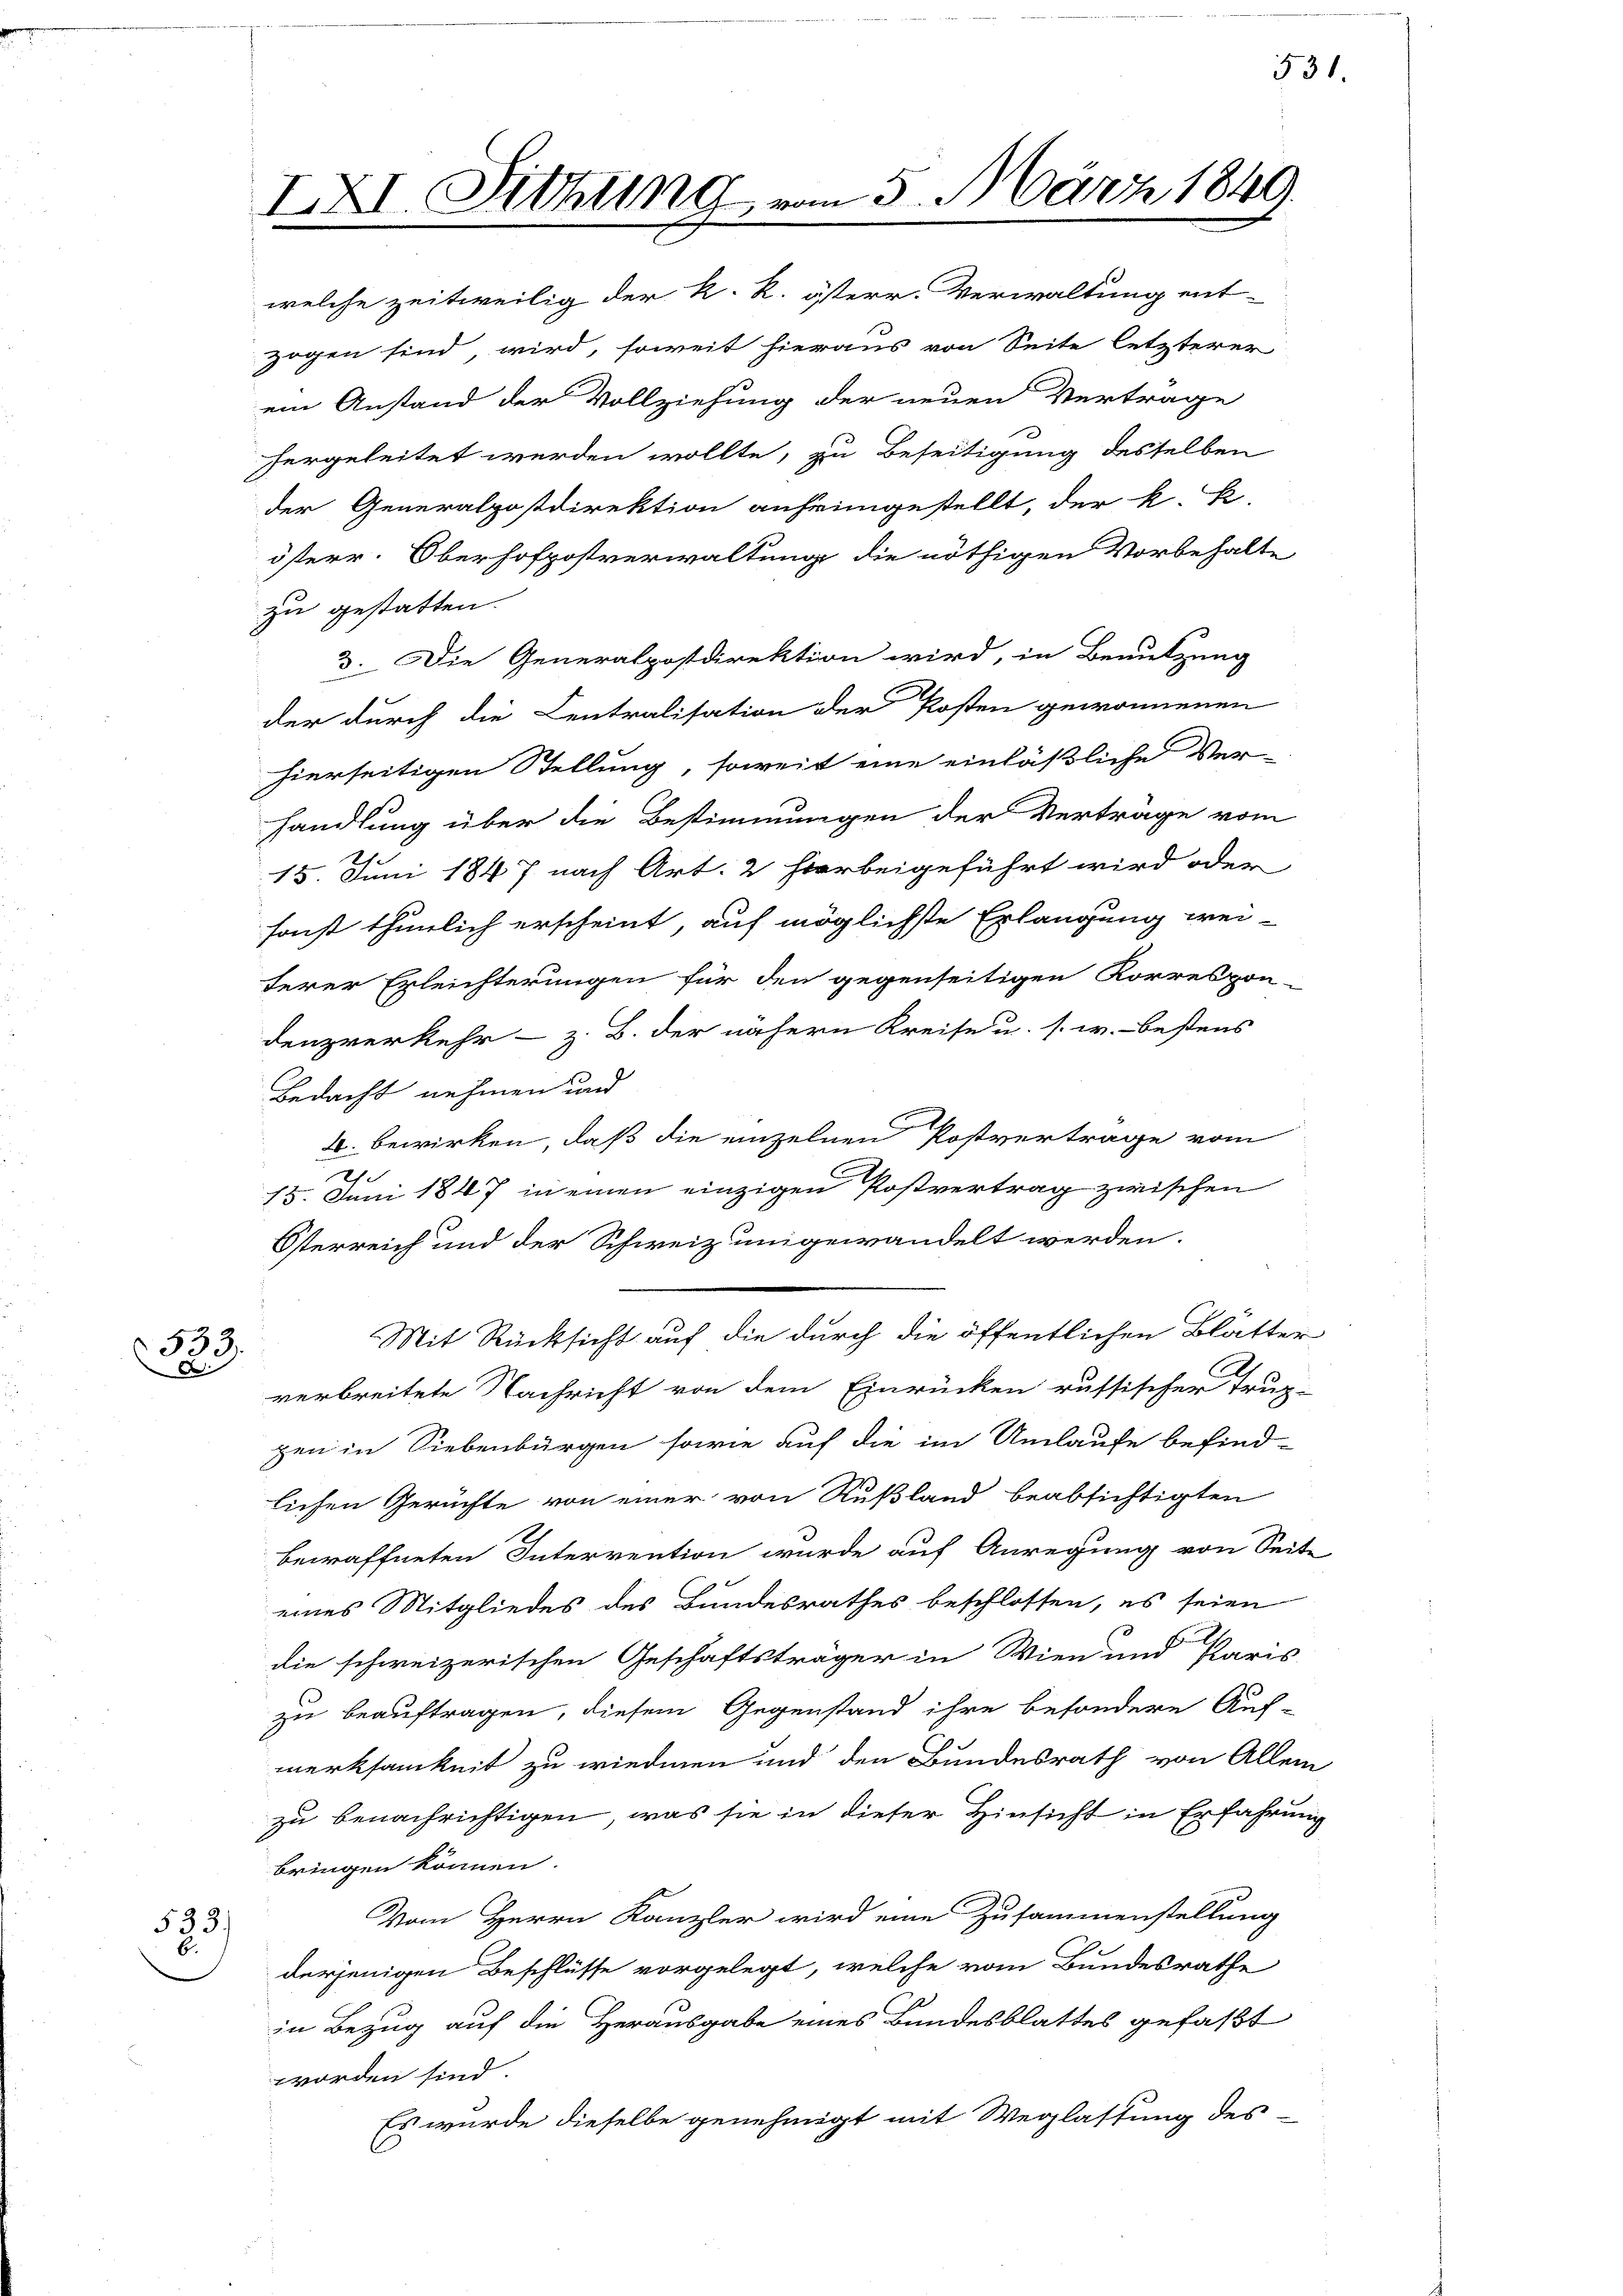
533.
e

533)
b.

IXI. Sitzung

n 5. März 1849.

welche zeitweilig der k. k. österr. Verwaltung ent-
zogen sind, wird, soweit hieraus von Seite letzterer
ein Anstand der Vollziehung der neuen Vertrage
hergeleitet werden wollte, zu Beseitigung desselben
der Generalpostdirektion anheimgestellt, der k. k
österr. Oberhofpostverwaltung die nöthigen Vorbehalte
zu gestatten.
3. Die Generalpostdirektion wird, in Benutzung
der durch die Centralisation der Kosten gewonnenen
hierseitigen Stellung, soweit eine einläßliche Ver-
handlung über die Bestimmungen der Verträge vom
15. Juni 1847 nach Art. 2 hierbeigeführt wird oder
sonst thunlich erscheint, auf möglichste Erlangung wei-
terer Erleichterungen für den gegenseitigen Korrespon-
denzverkehr - z. B. der nähern Kreise u. s. w. bestens
Bedacht nehmen und
4. bewirken, daß die einzelnen Postvertrage vom
es
15. Juni 1847 in einen einzigen Postvertrag zwischen
Österreich und der Schweiz ungewandelt werden.
Mit Rücksicht auf die durch die öffentlichen Blatter
verbreitete Nachricht von dem Einrücken russischer Trup-
pen in Liebenbürgen sowie auf die im Umlaufe befind-
lichen Gerüchte von einer von Rußland beabsichtigten
bewaffneten Intervention wurde auf Anregung von Seite
eines Mitgliedes des Bundesrathes beschlossen, es seien
u
die schweizerischen Geschäftsträger in Wien und Paris
zu beauftragen, diesem Gegenstand ihre besondere Auf-
merksamkeit zu wiedmen und den Bundesrath von Allem
zu benachrichtigen, was sie in dieser Hinsicht in Erfahrung
bringen können.
Vom Herrn Kanzler wird eine Zusammenstellung
derjenigen Beschlüsse vorgelegt, welche vom Bundesrathe
in Bezug auf die Herausgabe eines Bundesblattes gefaßt
worden sind.
Es wurde dieselbe genehmigt mit Weglastung des

531.